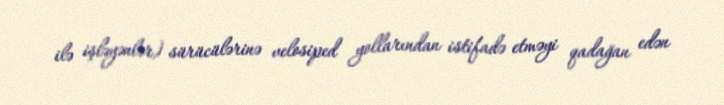
ilə işləyənlər) sürücülərinə velosiped yollarından istifadə etməyi qadağan edən